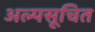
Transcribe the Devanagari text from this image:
अल्पसूचित